Insane asylums in Bengal annual reports 1876-1887 - 1876-1887
Year: 1876
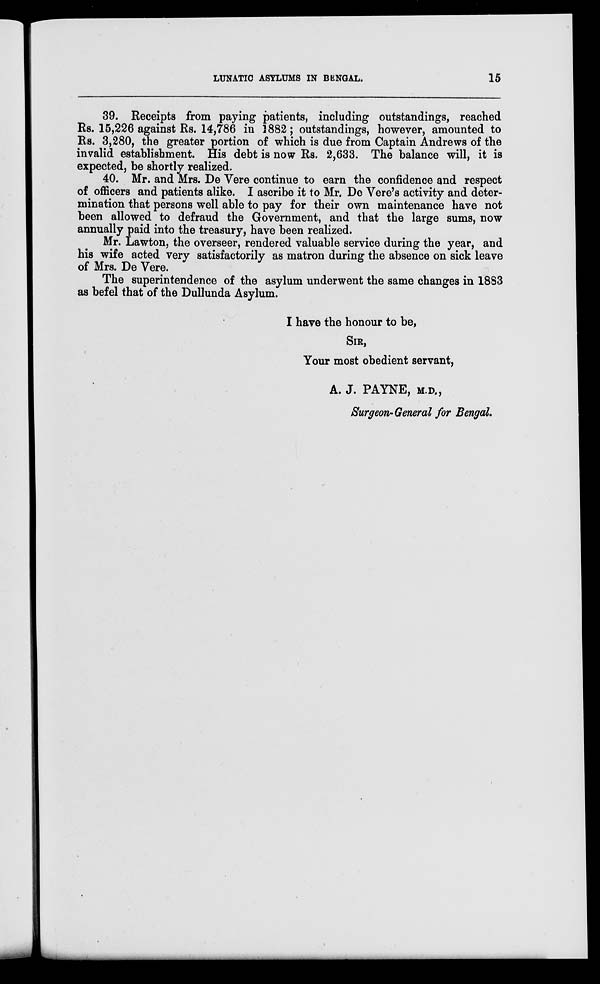
LUNATIC ASYLUMS IN BENGAL.
15
39. Receipts from paying patients, including outstandings, reached
Rs. 15,226 against Rs. 14,786 in 1882; outstandings, however, amounted to
Rs. 3,280, the greater portion of which is due from Captain Andrews of the
invalid establishment. His debt is now Rs. 2,633. The balance will, it is
expected, be shortly realized.
40. Mr. and Mrs. De Vere continue to earn the confidence and respect
of officers and patients alike. I ascribe it to Mr. De Vere's activity and deter-
mination that persons well able to pay for their own maintenance have not
been allowed to defraud the Government, and that the large sums, now
annually paid into the treasury, have been realized.
Mr. Lawton, the overseer, rendered valuable service during the year, and
his wife acted very satisfactorily as matron during the absence on sick leave
of Mrs. De Vere.
The superintendence of the asylum underwent the same changes in 1883
as befel that of the Dullunda Asylum.
I have the honour to be,
SIR,
Your most obedient servant,
A. J. PAYNE, M.D.,
Surgeon-General for Bengal.